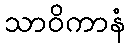
သာဝိကာနံ